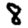
Digit: 8